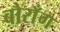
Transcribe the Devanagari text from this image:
बोराँग